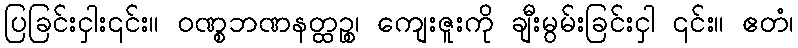
ပြခြင်းငှါး၎င်း။ ဝဏ္စဘဏနတ္ထဉ္စ၊ ကျေးဇူးကို ချီးမွမ်းခြင်းငှါ ၎င်း။ ဧတံ၊